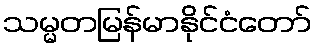
သမ္မတမြန်မာနိုင်ငံတော်